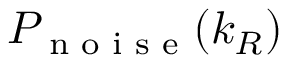
P _ { \textrm { n o i s e } } ( k _ { R } )